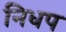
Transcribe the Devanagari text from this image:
निधप